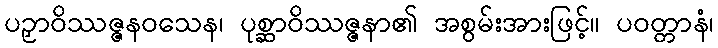
ပဉှာဝိဿဇ္ဇနဝသေန၊ ပုစ္ဆာဝိဿဇ္ဇနာ၏ အစွမ်းအားဖြင့်။ ပဝတ္တာနံ၊